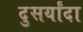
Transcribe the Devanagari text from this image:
दुसर्यांदा